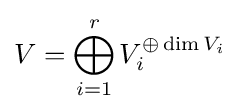
V=\bigoplus _{i=1}^{r}V_{i}^{\oplus \dim V_{i}}